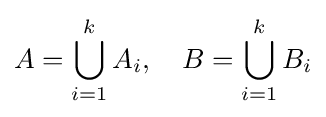
A=\bigcup _{i=1}^{k}A_{i},\quad B=\bigcup _{i=1}^{k}B_{i}